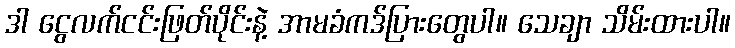
ဒါ ငွေလက်ငင်းဖြတ်ပိုင်းနဲ့ အာမခံကဒ်ပြားတွေပါ။ သေချာ သိမ်းထားပါ။